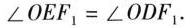
$$∠ O E F _ { 1 } = ∠ O D F _ { 1 }$$.